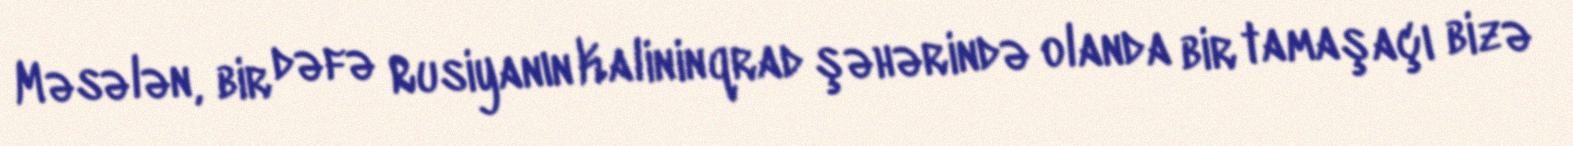
Məsələn, bir dəfə Rusiyanın Kalininqrad şəhərində olanda bir tamaşaçı bizə